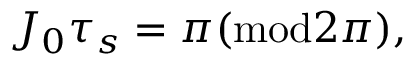
J _ { 0 } \tau _ { s } = \pi ( { \mathrm { m o d } } 2 \pi ) ,